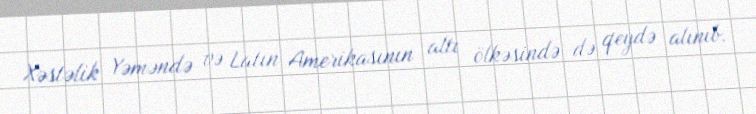
Xəstəlik Yəməndə və Latın Amerikasının altı ölkəsində də qeydə alınıb.